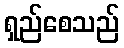
ရှည်စေသည်